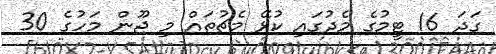
ގަދަ 16 ޓީމުގެ މެދުގައި ކުޅޭ މެޗުތައް މި ޖޫން މަހުގެ 30